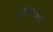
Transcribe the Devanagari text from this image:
इनॅमलजन्य